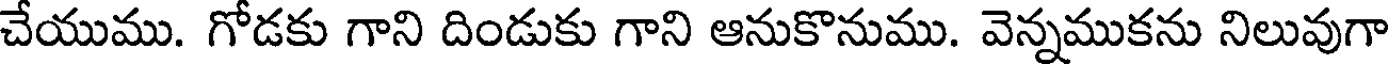
చేయుము. గోడకు గాని దిండుకు గాని ఆనుకొనుము. వెన్నముకను నిలువుగా